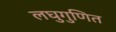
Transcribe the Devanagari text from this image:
लघुगुणित